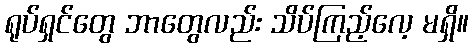
ရုပ်ရှင်တွေ ဘာတွေလည်း သိပ်ကြည့်လေ့ မရှိ။